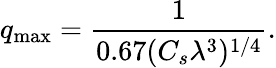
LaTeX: q_{\operatorname*{max}}={\frac{1}{0.67(C_{s}\lambda^{3})^{1/4}}}.